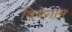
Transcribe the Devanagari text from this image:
विवेगाम